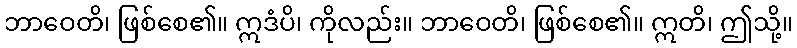
ဘာဝေတိ၊ ဖြစ်စေ၏။ ဣဒံပိ၊ ကိုလည်း။ ဘာဝေတိ၊ ဖြစ်စေ၏။ ဣတိ၊ ဤသို့။